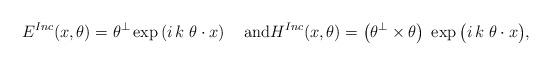
LaTeX: \begin{align*}E^{Inc}(x,\theta) = \theta^{\perp} \exp\left(i \, k \; \theta \cdot x \right)\quad\mbox{and}H^{Inc}(x,\theta) = \big( \theta^{\perp} \times \theta \big) \; \exp\big(i \, k \; \theta \cdot x \big),\end{align*}